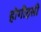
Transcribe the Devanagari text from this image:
होगीइसी